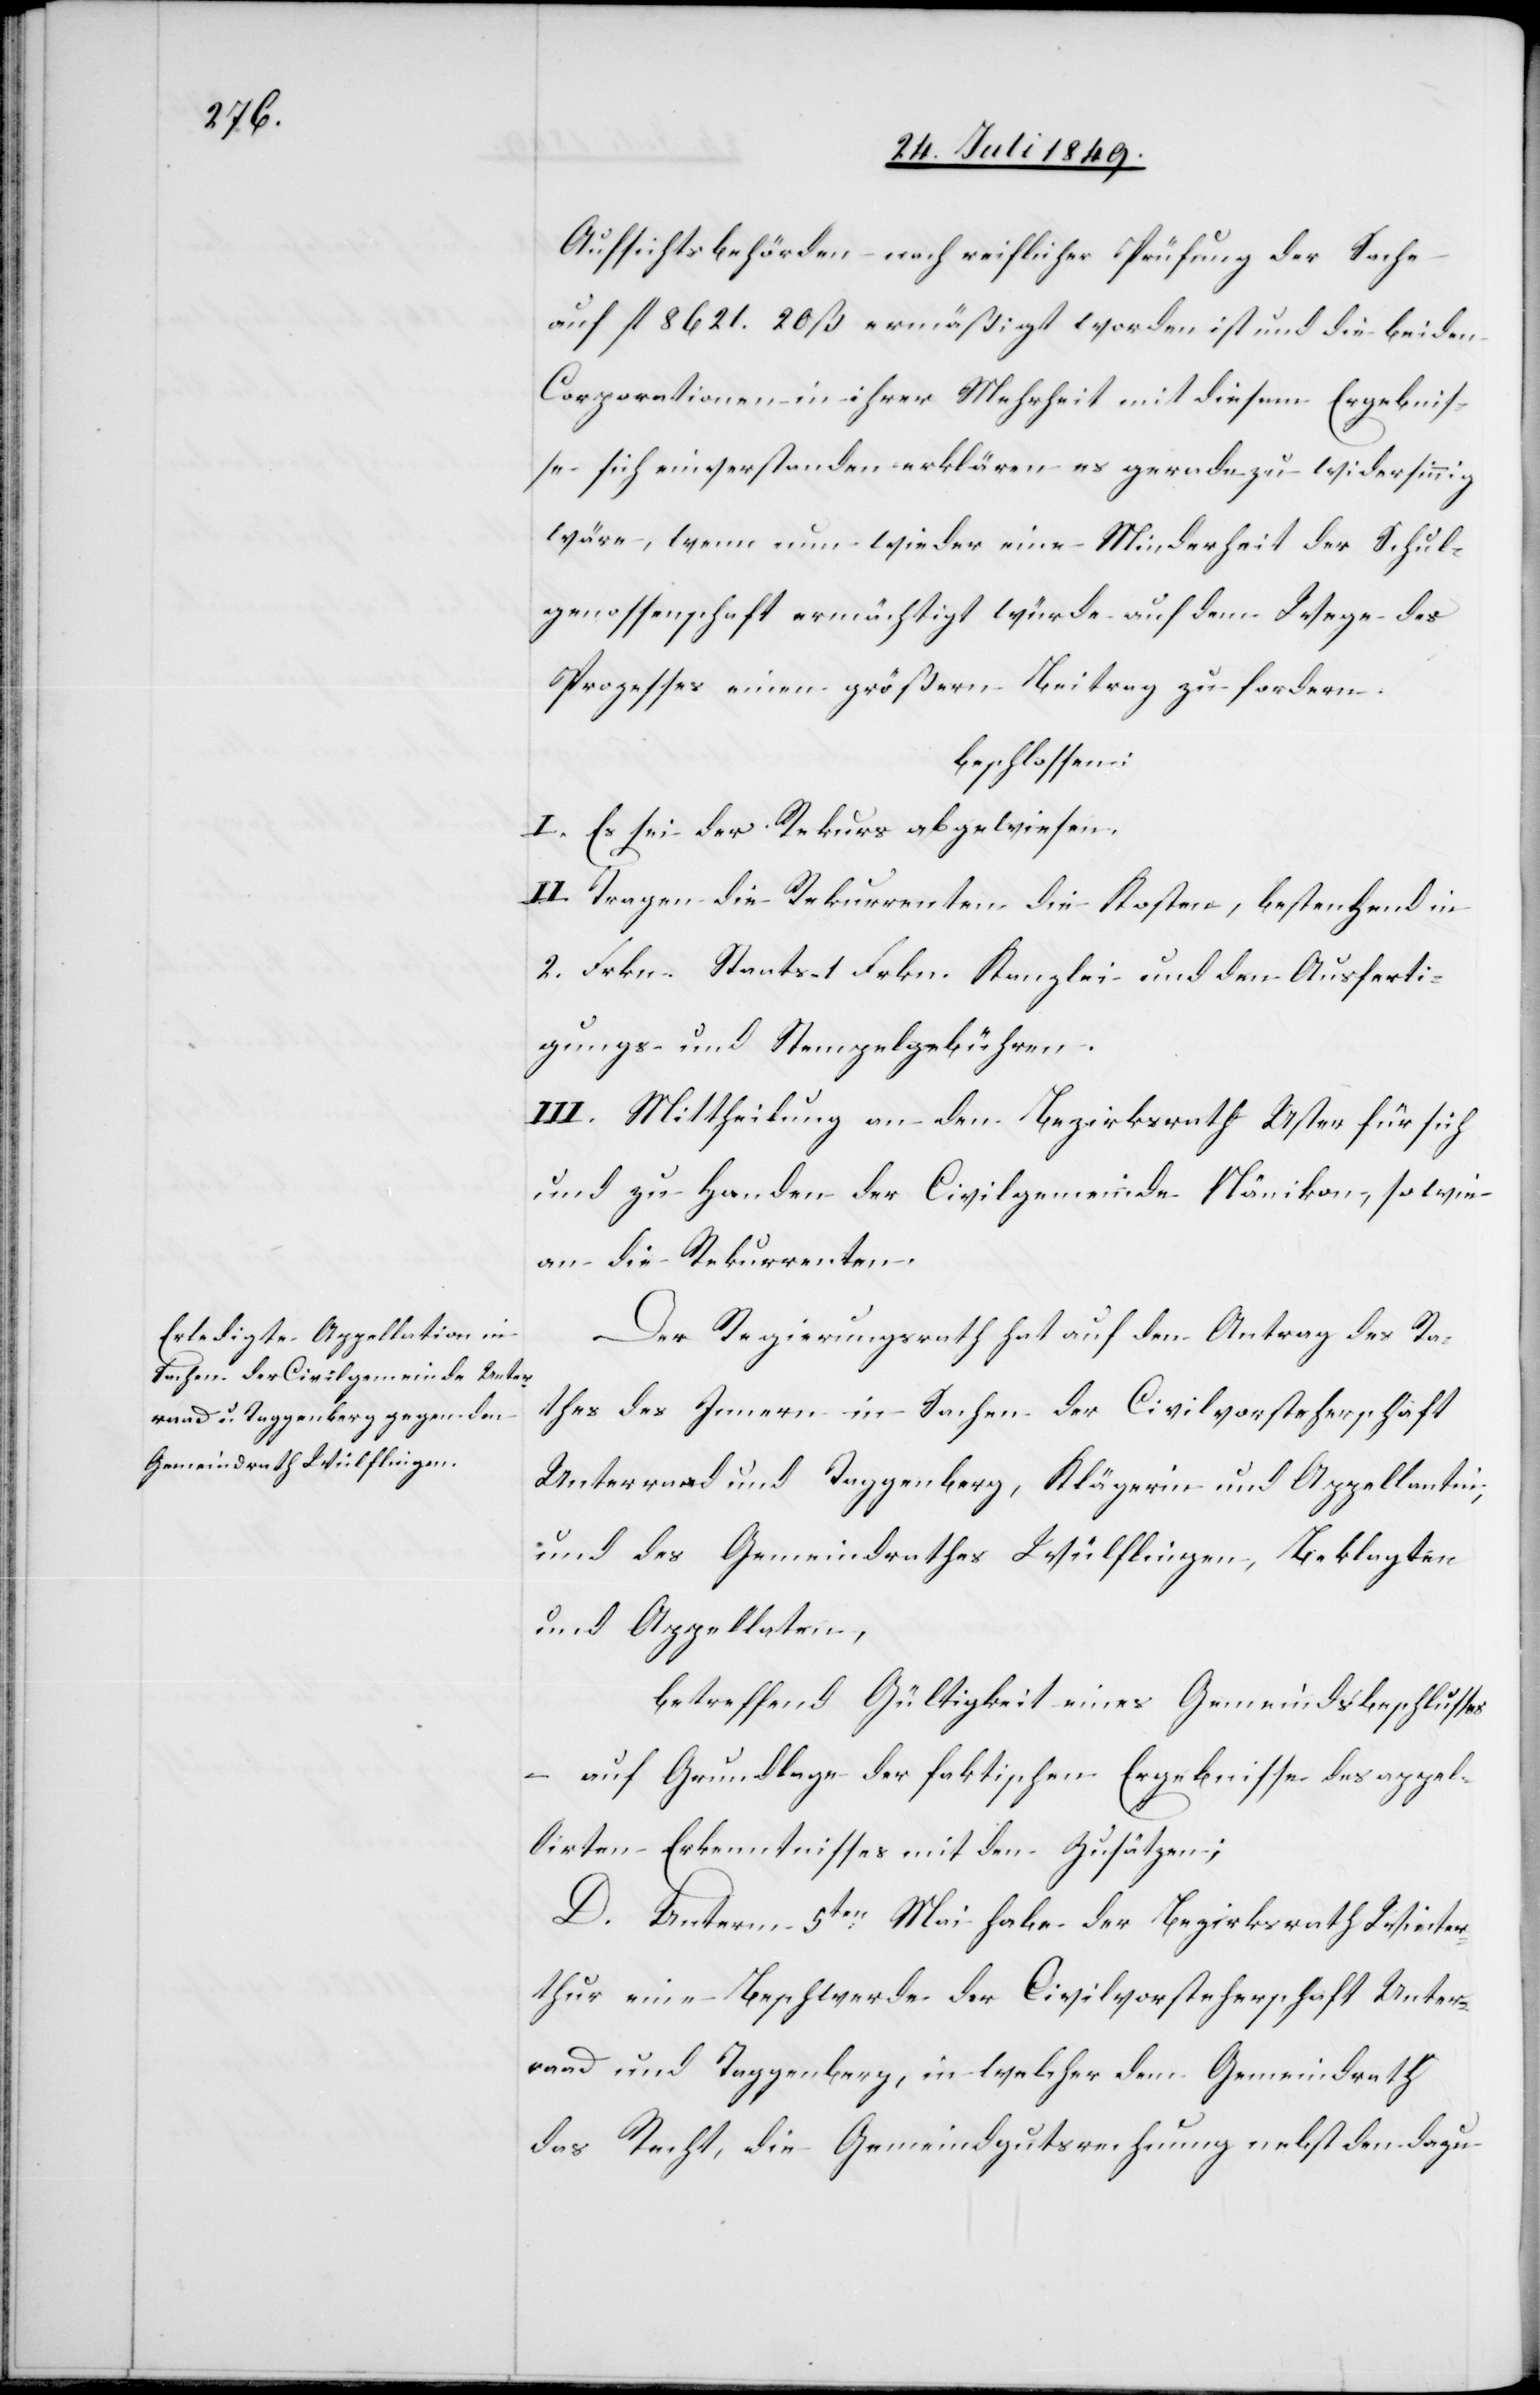
Aufsichtsbehörden nach reiflicher Prüfung der Sache
auf fl. 8 621. 20 ß ermäßigt worden ist und die beiden
Corporationen in ihrer Mehrheit mit diesem Ergebnis¬
se sich einverstanden erklären es gerade zu widersinnig
wäre, wenn nun wieder eine Minderheit der Schul¬
genossenschaft ermächtigt würde auf dem Wege des
Prozesses einen größern Beitrag zu fordern.
beschlossen:
I. Es sei der Rekurs abgewiesen.
II. Tragen die Rekurrenten die Kosten, bestehend in
2. Frkn. Staats 1. Frkn. Kanzlei und den Ausferti¬
gungs- und Stempelgebühren.
III. Mittheilung an den Bezirksrath Uster für sich
und zu Handen der Civilgemeinde Nänikon, sowie
an die Rekurrenten.
Der Regierungsrath hat auf den Antrag des Ra¬
thes des Innern in Sachen der Civilvorsteherschaft
Unterraad und Taggenberg, Klägerin und Appellantin,
und des Gemeindrathes Wülflingen, Beklagten
und Appellaten,
betreffend Gültigkeit eines Gemeindsbeschlusses
– auf Grundlage der faktischen Ergebnisse des appel¬
lirten Erkentnisses mit den Zusätzen;
D. Unterm 5ten Mai habe der Bezirksrath Winter¬
thur eine Beschwerde der Civilvorsteherschaft Unter¬
raad und Taggenberg, in welcher dem Gemeindrath
das Recht, die Gemeindgutsrechnung nebst den dazu